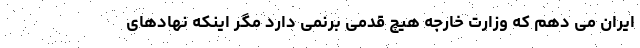
ایران می دهم که وزارت خارجه هیچ قدمی برنمی دارد مگر اینکه نهادهای